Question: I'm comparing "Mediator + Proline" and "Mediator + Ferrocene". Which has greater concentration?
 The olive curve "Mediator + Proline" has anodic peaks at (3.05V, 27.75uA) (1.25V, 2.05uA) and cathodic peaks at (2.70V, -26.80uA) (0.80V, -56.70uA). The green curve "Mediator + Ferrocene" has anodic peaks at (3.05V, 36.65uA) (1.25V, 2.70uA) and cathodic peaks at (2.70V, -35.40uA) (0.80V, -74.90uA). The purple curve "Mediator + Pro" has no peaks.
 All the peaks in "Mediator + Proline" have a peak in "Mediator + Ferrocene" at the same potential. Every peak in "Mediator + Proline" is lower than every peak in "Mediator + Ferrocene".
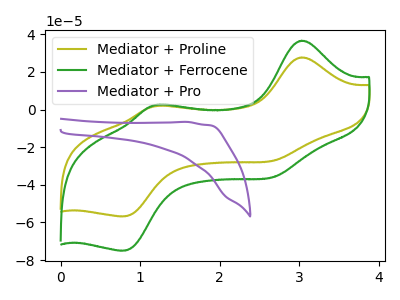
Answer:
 <answer>"Mediator + Proline" has less signal than "Mediator + Ferrocene" and so likely has a lower concentration.</answer>
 <eval>less_concentration</eval>